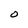
Character: O